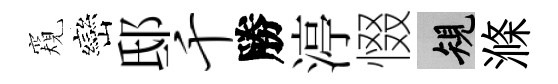
窺巒邸千勝渟惙規滌